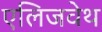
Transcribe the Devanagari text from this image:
एलिजवेथ